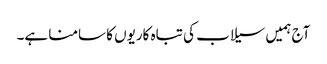
آج ہمیں سیلاب کی تباہ کاریوں کا سامنا ہے۔